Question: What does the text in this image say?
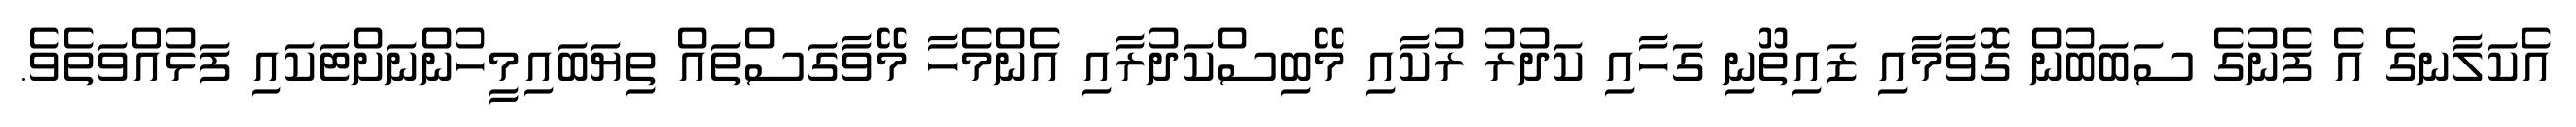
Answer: އެކަލާނގެ އެ ފެނުގެ ސަބަބުން ގޮވާމާއި ޒައިތޫނި ގަހާއި ކަދުރު ރުކާއި މޭބިސްކަދުރާއި އެންމެހާ މޭވާގަސްތައް ތިޔަބައިމީހުންނަށްޓަކައި ފަޅުއްވަތެވެ.